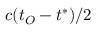
c ( t _ { O } - t ^ { * } ) / 2